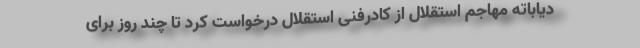
دیاباته مهاجم استقلال از کادرفنی استقلال درخواست کرد تا چند روز برای